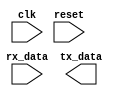
module uart_controller (
    input wire clk,
    input wire reset,
    input wire rx_data,
    output wire tx_data
);

// Timing control block
reg [15:0] baud_rate_counter;
parameter BAUD_RATE = 9600; // Example baud rate
parameter CLK_FREQ = 50_000_000; // Example clock frequency

always @(posedge clk) begin
    if (reset) begin
        baud_rate_counter <= 16'd0;
    end else begin
        if (baud_rate_counter == (CLK_FREQ / BAUD_RATE / 2) - 1) begin
            baud_rate_counter <= 16'd0;
        end else begin
            baud_rate_counter <= baud_rate_counter + 1;
        end
    end
end

always @(*) begin
    // Start/stop bit timing
    // Data sampling
    // Implement your timing control logic here
end

// Synchronization block
reg [7:0] tx_buffer;
reg [7:0] rx_buffer;
reg [2:0] tx_state;
reg [2:0] rx_state;

always @(posedge clk) begin
    // Implement your synchronization logic here
end

// UART bus controller
always @(posedge clk) begin
    // Implement your UART bus controller logic here
end

endmodule